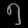
Digit: ၅